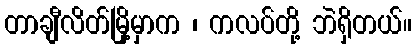
တာချီလိတ်မြို့မှာက ၊ ကလပ်တို့ ဘဲရှိတယ်။